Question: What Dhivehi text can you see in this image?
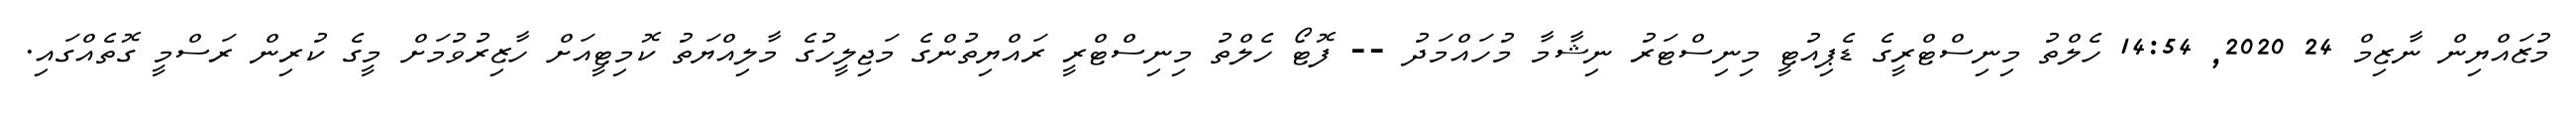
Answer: މުޒައްޔިން ނާޒިމް 24 2020, 14:54 ހެލްތު މިނިސްޓްރީގެ ޑެޕިއުޓީ މިނިސްޓަރު ނިޝާމާ މުހައްމަދު -- ފޮޓޯ ހެލްތު މިނިސްޓްރީ ރައްޔިތުންގެ މަޖިލީހުގެ މާލިއްޔަތު ކޮމިޓީއަށް ހާޒިރުވުމަށް މީގެ ކުރިން ރަސްމީ ގޮތެއްގައި.